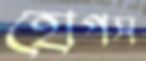
হোপস